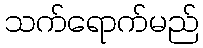
သက်ရောက်မည်